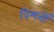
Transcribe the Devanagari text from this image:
विमनों